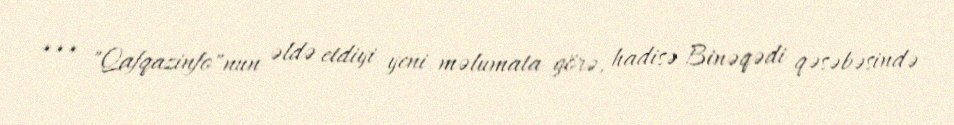
*** "Qafqazinfo"nun əldə etdiyi yeni məlumata görə, hadisə Binəqədi qəsəbəsində